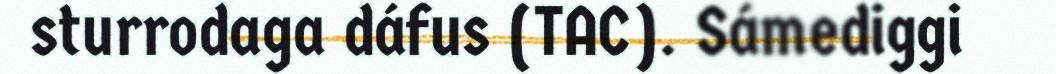
sturrodaga dáfus (TAC). Sámediggi